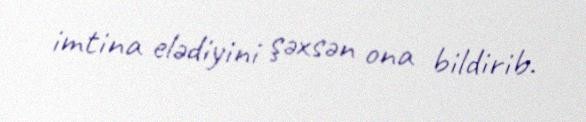
imtina elədiyini şəxsən ona bildirib.